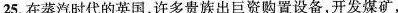
25.在蒸汽时代的英国，许多贵族出巨资购置设备，开发煤矿，